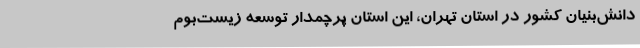
دانش‌بنیان کشور در استان تهران، این استان پرچمدار توسعه زیست‌بوم